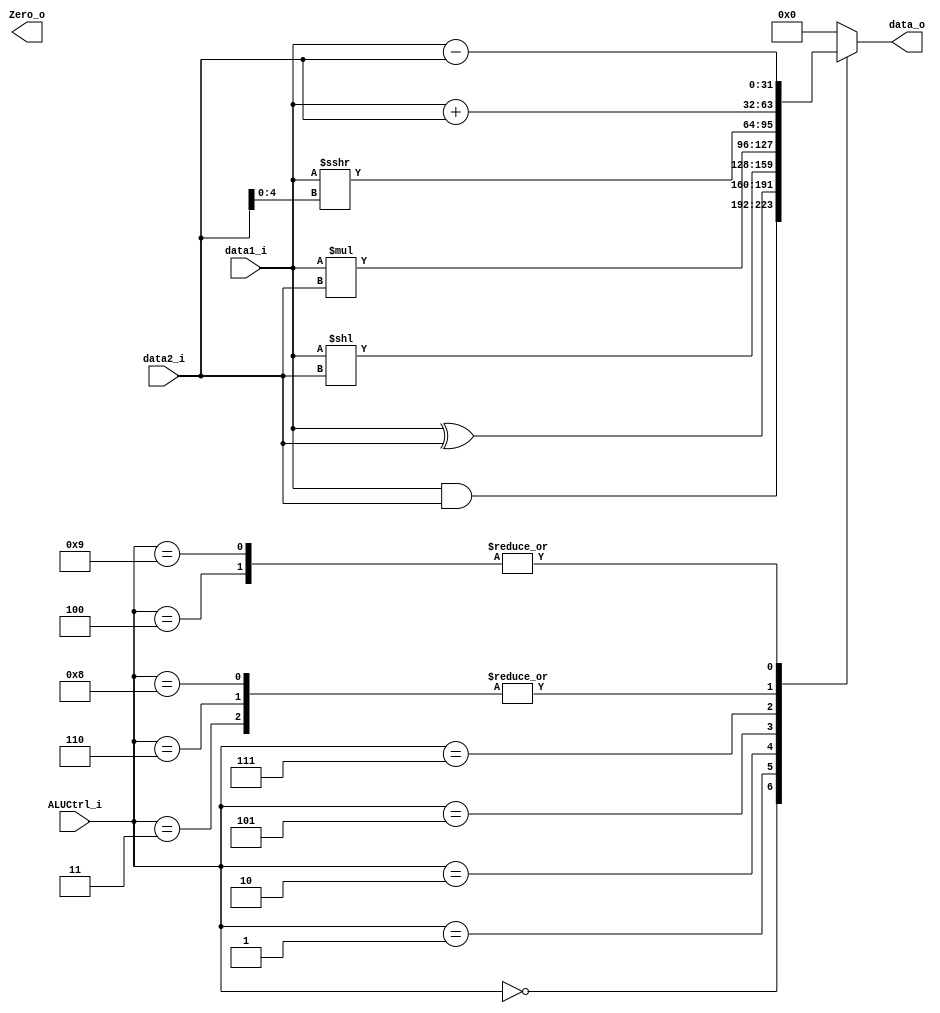
module ALU(
    data1_i,
    data2_i,
    ALUCtrl_i,
    data_o,
    Zero_o
);

input   signed  [31:0]  data1_i;
input   signed  [31:0]  data2_i;
input   [3:0]   ALUCtrl_i;

output  signed  [31:0]  data_o;
output  Zero_o;

reg [31:0]  tmp = 0;

always @ (data1_i or data2_i or ALUCtrl_i) begin
    case (ALUCtrl_i)
        0: tmp <= data1_i & data2_i; //and
        1: tmp <= data1_i ^ data2_i; //xor
        2: tmp <= data1_i << data2_i; //sll
        3: tmp <= data1_i + data2_i; //add
        4: tmp <= data1_i - data2_i; //sub
        5: tmp <= data1_i * data2_i; //mul
        6: tmp <= data1_i + data2_i; //addi
        7: tmp <= data1_i >>> data2_i[4:0]; //srai
        8: tmp <= data1_i + data2_i; //lw sw
        9: tmp <= data1_i - data2_i; //beq
        default: tmp <= 0;
    endcase
end

assign data_o = tmp; 

endmodule